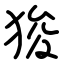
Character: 狻